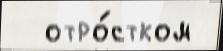
  отро́стком